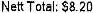
NETT TOTAL: $8.20